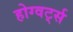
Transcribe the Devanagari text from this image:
होग्वर्ट्स